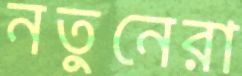
নতুনেরা